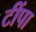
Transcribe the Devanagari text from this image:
टींपा